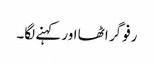
رفو گر اٹھا اور کہنے لگا۔